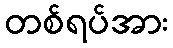
တစ်ရပ်အား